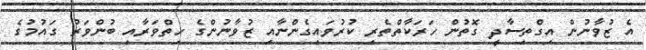
އެ ޒުވާނުން އިގްތިސާދީ ގޮތުން ހަރަކާތްތެރި ކުރުވައިގެންނާއި ޒުވާނުންގެ ހިތްވަރާއި ބުންވަރު ގައުމުގެ